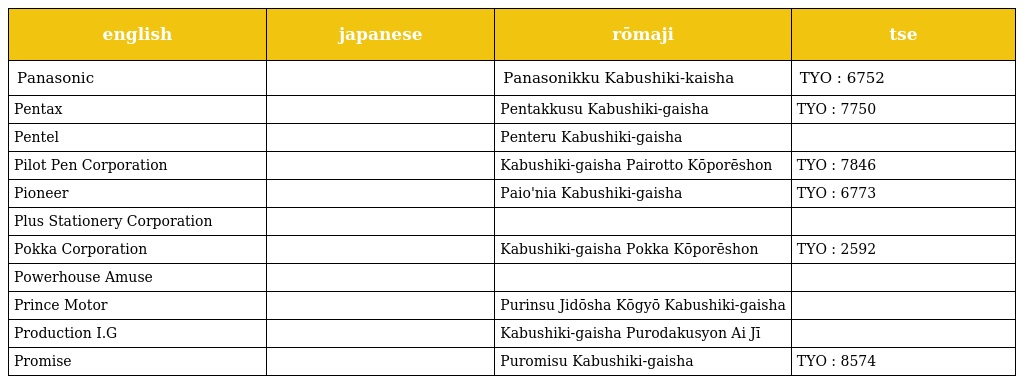
| english | japanese | rōmaji | tse |
 | --- | --- | --- | --- |
 | Panasonic | パナソニック株式会社 | Panasonikku Kabushiki-kaisha | TYO : 6752 |
 | Pentax | ペンタックス株式会社 | Pentakkusu Kabushiki-gaisha | TYO : 7750 |
 | Pentel | ぺんてる株式会社 | Penteru Kabushiki-gaisha |  |
 | Pilot Pen Corporation | 株式会社パイロットコーポレーション | Kabushiki-gaisha Pairotto Kōporēshon | TYO : 7846 |
 | Pioneer | パイオニア株式会社 | Paio'nia Kabushiki-gaisha | TYO : 6773 |
 | Plus Stationery Corporation | プラスステーショナリー株式会社 |  |  |
 | Pokka Corporation | 株式会社ポッカコーポレーション | Kabushiki-gaisha Pokka Kōporēshon | TYO : 2592 |
 | Powerhouse Amuse | 株式会社パワーハウス・アミューズ |  |  |
 | Prince Motor | プリンス自動車工業株式会社 | Purinsu Jidōsha Kōgyō Kabushiki-gaisha |  |
 | Production I.G | 株式会社プロダクション・アイジー | Kabushiki-gaisha Purodakusyon Ai Jī |  |
 | Promise | プロミス株式会社 | Puromisu Kabushiki-gaisha | TYO : 8574 |